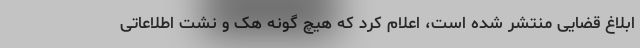
ابلاغ قضایی منتشر شده است، اعلام کرد که هیچ گونه هک و نشت اطلاعاتی